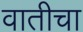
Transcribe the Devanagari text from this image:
वातीचा